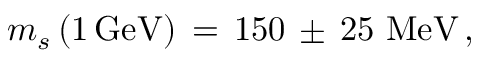
m _ { s } \, ( 1 \, \mathrm { G e V } ) \, = \, 1 5 0 \, \pm \, 2 5 \, \, \mathrm { M e V } \, ,